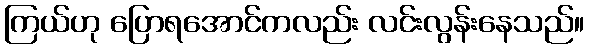
ကြယ်ဟု ပြောရအောင်ကလည်း လင်းလွန်းနေသည်။